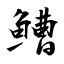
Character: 鰽